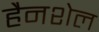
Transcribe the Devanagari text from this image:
हैनशेल